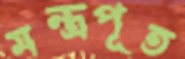
মন্ত্রপূত